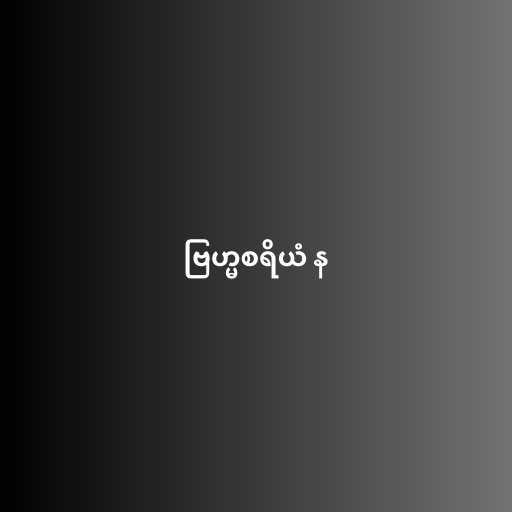
ဗြဟ္မစရိယံ န